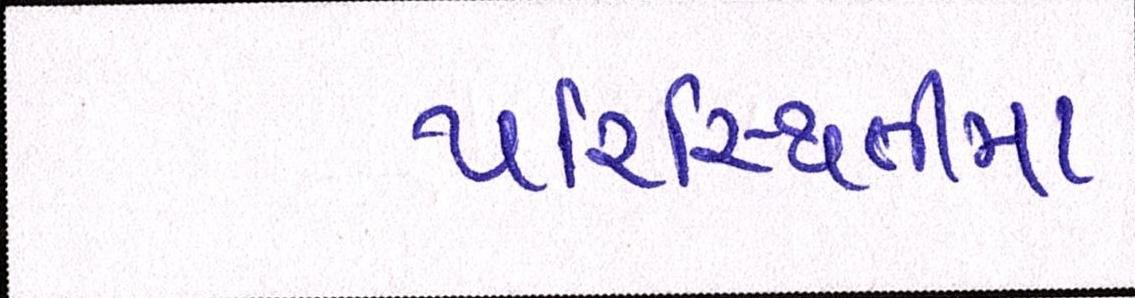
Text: પરિસ્થિતીમા